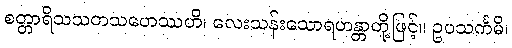
စတ္တာရိသသတသဟေဿဟိ၊ လေးသန်းသောရဟန္တာတို့ဖြင့်။ ဥပသင်္ကမိ၊